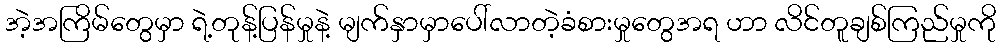
အဲ့အကြိမ်တွေမှာ ရဲ့တုန့်ပြန်မှုနဲ့ မျက်နှာမှာပေါ်လာတဲ့ခံစားမှုတွေအရ ဟာ လိင်တူချစ်ကြည်မှုကို